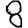
Digit: 8